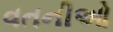
વતનીઓ